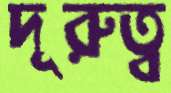
দূরুত্ব